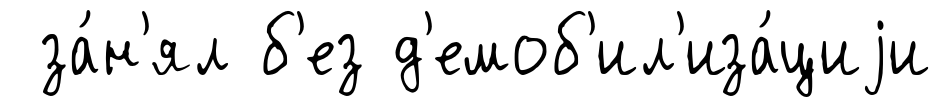
за́н'ял б'ез д'емоб'ил'иза́циjи